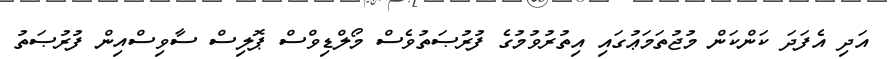
އަދި އެފަދަ ކަންކަން މުޖުތަމަޢުގައި އިތުރުވުމުގެ ފުރުޞަތުވެސް މޯލްޑިވްސް ޕޮލިސް ސާވިސްއިން ފުރުޞަތު